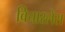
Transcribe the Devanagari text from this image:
विचारलेस